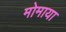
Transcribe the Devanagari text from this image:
मोमाया